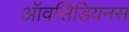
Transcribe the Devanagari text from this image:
ऑवसिडियनस